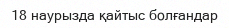
18 наурызда қайтыс болғандар